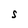
Character: S